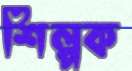
শিল্পক